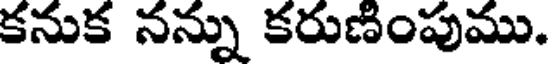
కనుక నన్ను కరుణింపుము.